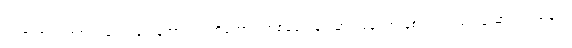
ဒါဟာ အရင် ၈၈ တုန်းက ရေးနဲ့ထားဝယ်ကိုတောင် တစ်နေကုန် မောင်းနေရတာနဲ့စာရင် လမ်းပန်းဆက်သွယ်ရေး